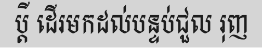
ប្តី ដើរមកដល់បន្ទប់ជួល រុញ